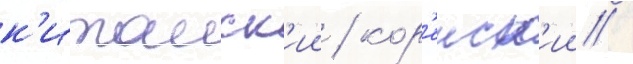
к'итаиск'ии / кор'еиск'ии /